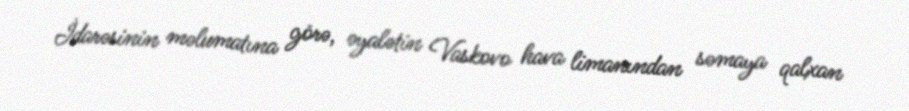
İdarəsinin məlumatına görə, əyalətin Vaskovo hava limanından səmaya qalxan